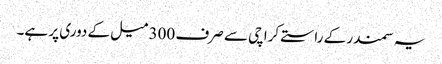
یہ سمندر کے راستے کراچی سے صرف 300 میل کے دوری پر ہے۔